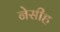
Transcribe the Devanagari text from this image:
नेसीह